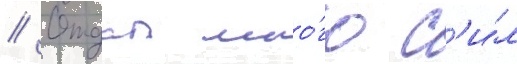
// Отдал мно́го с'и́л